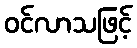
ဝင်လာသဖြင့်